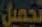
تجميل